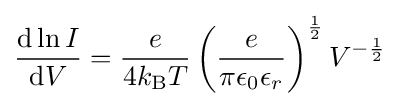
{\frac {\mathrm {d} \ln I}{\mathrm {d} V}}={\frac {e}{4k_{\text{B}}T}}\left({\frac {e}{\pi \epsilon _{0}\epsilon _{r}}}\right)^{\frac {1}{2}}V^{-{\frac {1}{2}}}